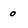
Character: o